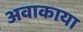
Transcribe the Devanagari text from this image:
अवाकाया